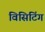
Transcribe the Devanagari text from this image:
विसिटिंग